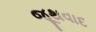
જૂથવાદ